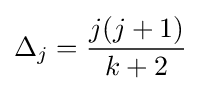
\Delta _{j}={\frac {j(j+1)}{k+2}}\